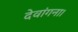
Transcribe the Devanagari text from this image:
देवांगना।